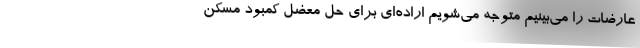
عارضات را می‌بینیم متوجه می‌شویم اراده‌ای برای حل معضل کمبود مسکن